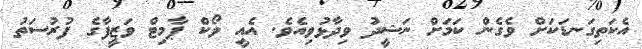
އެކަތިގަނޑަކަށް ވެގެން ކަމަށް ނަޝީދު ވިދާޅުވިއެވެ. އެއީ ވޯކް ޕާމިޓް ވަޒީފާގެ ފުރުސަތު